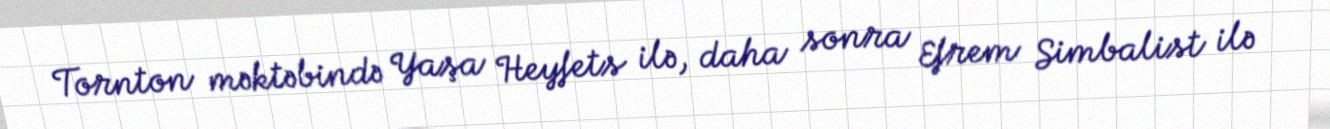
Tornton məktəbində Yaşa Heyfets ilə, daha sonra Efrem Simbalist ilə